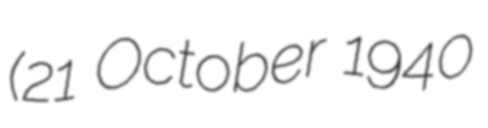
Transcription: (21 October 1940